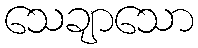
သေချာသော